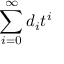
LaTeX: \sum _ { i = 0 } ^ { \infty } d _ { i } t ^ { i }